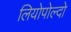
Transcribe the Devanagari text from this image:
लियोपोल्दो